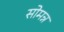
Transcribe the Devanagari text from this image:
सोमन्न